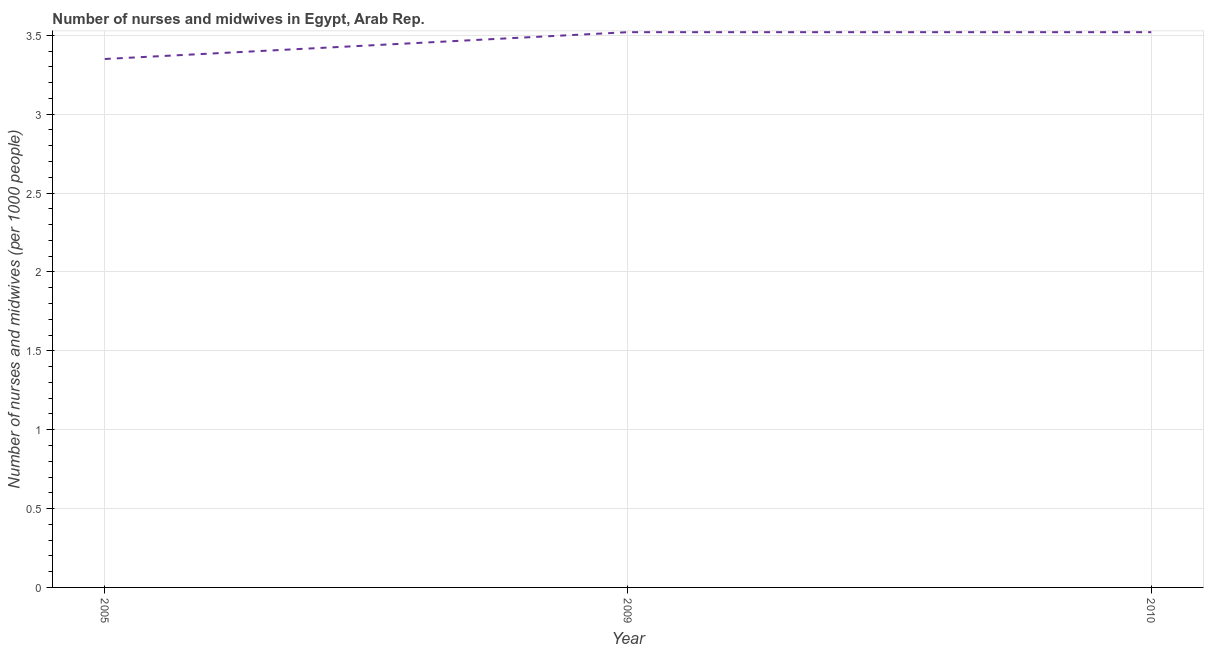
| Year | Nurses and midwives |
 | --- | --- |
 | 2005 | 3.35 |
 | 2009 | 3.52 |
 | 2010 | 3.52 |